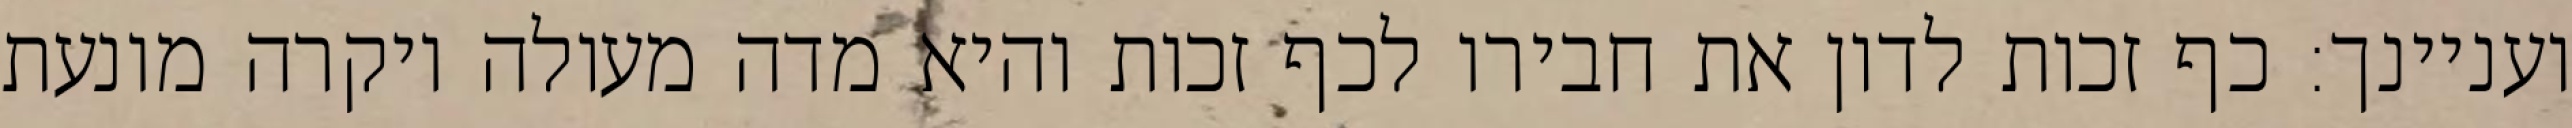
ועניינך: כף זכות לדון את חבירו לכף זכות והיא מדה מעולה ויקרה מונעת